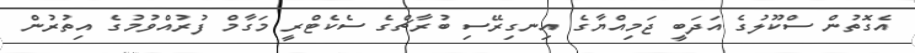
އެގޮތުން ސްކޫލުގެ އަދަބީ ޖަމިއްޔާގެ އިނގިރޭސި ބުރާޗްގެ ސެކެޓްރީ މަގާމް ފުރުއްވުމުގެ އިތުރުން